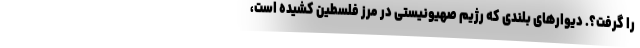
را گرفت؟. دیوارهای بلندی که رژیم صهیونیستی در مرز فلسطین کشیده است،